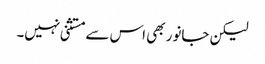
لیکن جانور بھی اس سے مستثنی نہیں۔